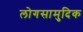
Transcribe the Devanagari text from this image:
लोगसामुदिक